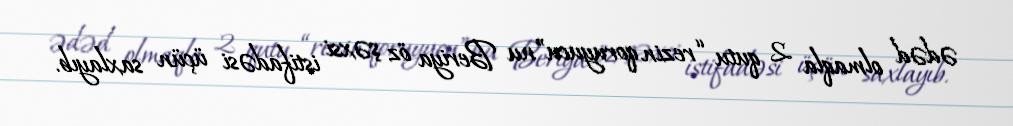
ədəd olmaqla 2 qutu “rezin qoruyucu”nu Beriya öz şəxsi istifadəsi üçün saxlayıb.